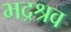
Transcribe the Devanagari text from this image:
भद्रश्रव